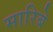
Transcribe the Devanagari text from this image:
मारिबे